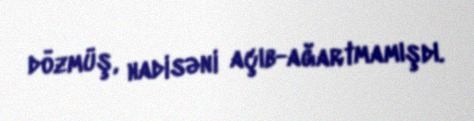
dözmüş, hadisəni açıb-ağartmamışdı.